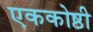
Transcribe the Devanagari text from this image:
एककोष्ठी